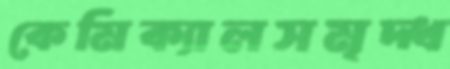
কেমিক্যালসমৃদ্ধ